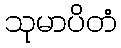
သုမာပိတံ